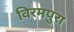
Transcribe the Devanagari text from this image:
विरमपुरा